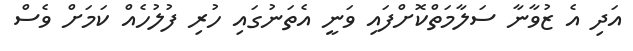
އަދި އެ ޒުވާނާ ސަލާމަތްކޮށްފައި ވަނީ އެތަނުގައި ހުރި ފުލުހެއް ކަމަށް ވެސް